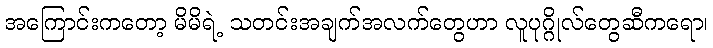
အကြောင်းကတော့ မိမိရဲ့ သတင်းအချက်အလက်တွေဟာ လူပုဂ္ဂိုလ်တွေဆီကရော၊